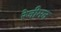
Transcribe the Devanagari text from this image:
रेजीमन